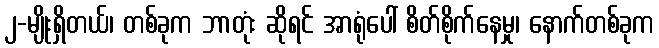
၂-မျိုးရှိတယ်၊ တစ်ခုက ဘာတုံး ဆိုရင် အာရုံပေါ် စိတ်စိုက်နေမှု၊ နောက်တစ်ခုက